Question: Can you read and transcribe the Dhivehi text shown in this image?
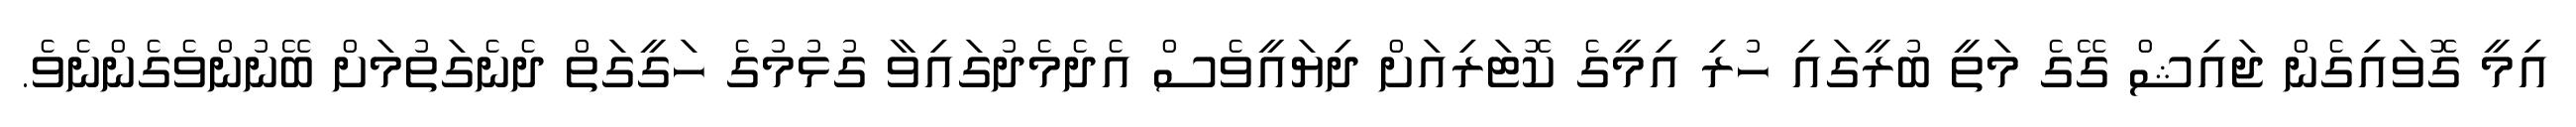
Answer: އިމީ ގޮވައިގެން ޖައިޝް ގޭގެ މަތީ ބުރީގައި ހުރި އިމީގެ ކޮޓަރިއަށް ދިޔައީވެސް އެދެމެދުގައިވާ ގުޅުމުގެ ހަގީގަތް ދެނެގަތުމަށް ބޭނުންވެގެންނެވެ.